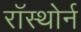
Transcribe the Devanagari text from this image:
रॉस्थोर्न